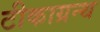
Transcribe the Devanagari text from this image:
टीकाग्रन्थ